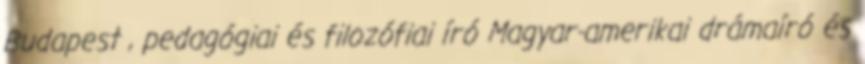
Budapest , pedagógiai és filozófiai író Magyar-amerikai drámaíró és